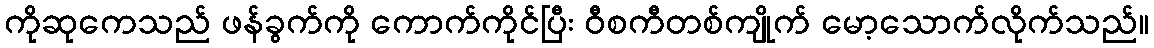
ကိုဆုကေသည် ဖန်ခွက်ကို ကောက်ကိုင်ပြီး ဝီစကီတစ်ကျိုက် မော့သောက်လိုက်သည်။